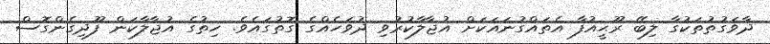
ދާވަގުތުތަކުގާ ލިބޭ ރޫޙީއުފާ އެތައްގުނައަކަށް އުޖާލާކުރުވި ދުވަހެއްގެ ގޮތުގައެވެ. ހިތުގެ އުޖާލާކަން ފޫދިގެންގޮސް